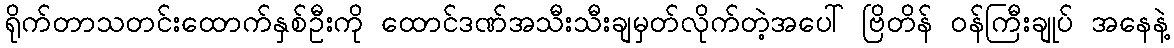
ရိုက်တာသတင်းထောက်နှစ်ဦးကို ထောင်ဒဏ်အသီးသီးချမှတ်လိုက်တဲ့အပေါ် ဗြိတိန် ဝန်ကြီးချုပ် အနေနဲ့